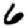
Digit: 6